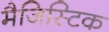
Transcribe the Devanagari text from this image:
मैजिस्टिक